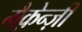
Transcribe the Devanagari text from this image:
मैक़ेन्ज़ी